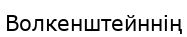
Волкенштейннің